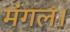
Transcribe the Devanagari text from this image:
मंगल।